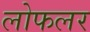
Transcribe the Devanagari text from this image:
लोफलर